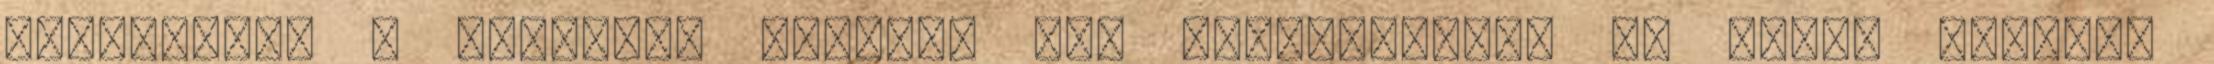
élősködnek a közösség nyakán. Már Wittgenstein is sokat beszélt